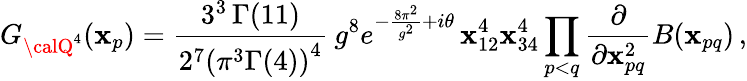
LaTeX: G_{{\calQ}^{4}}(\mathbf{x}_{p})=\frac{{3^{3}\, \Gamma(11)}}{{2^{7}\left(\pi^{3}\Gamma(4)\right)^{4}}}\: g^{8}e^{-\frac{{8\pi^{2}}}{{g^{2}}}+i\theta}\, \mathbf{x}_{12}^{4}\mathbf{x}_{34}^{4}\prod_{p<q}\frac{{\partial}}{{\partial\mathbf{x}_{pq}^{2}}}B(\mathbf{x}_{pq})\, ,